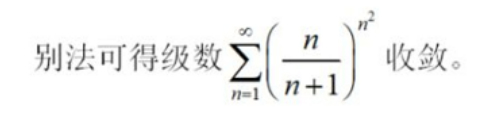
别法可得级数\(\sum_{n = 1}^{\infty}\left(\dfrac{n}{n + 1}\right)^{n^{2}}\)收敛。